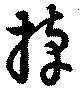
掉